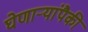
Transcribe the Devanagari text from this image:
घेणाऱ्यांपैकी